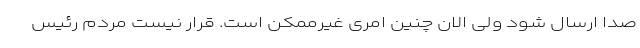
صدا ارسال شود ولی الان چنین امری غیرممکن است. قرار نیست مردم رئیس